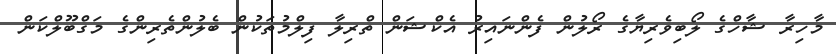
މާހިރާ ޝާހްގެ ލޯބިވެރިޔާގެ ރޯލުން ފެންނައިރު އެކްޝަން ތްރިލާ ފިލްމުތަކުން ބެލުންތެރިންގެ މަގްބޫލްކަން